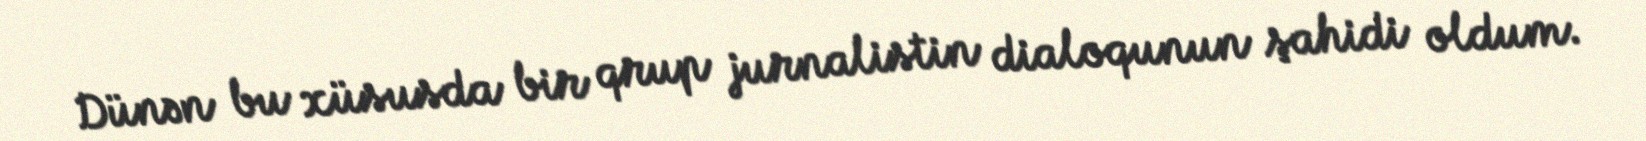
Dünən bu xüsusda bir qrup jurnalistin dialoqunun şahidi oldum.